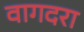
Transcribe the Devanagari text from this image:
वागदरा